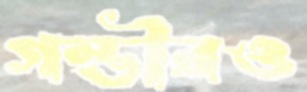
গম্ভীরও